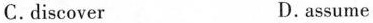
C. discover D. assume